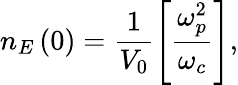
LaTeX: n_{E}\left(0\right)=\frac{1}{V_{0}}\left[\frac{\omega_{p}^{2}}{\omega_{c}}\right],